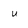
Character: u